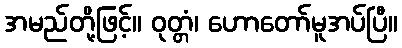
အမည်တို့ဖြင့်။ ဝုတ္တံ၊ ဟောတော်မူအပ်ပြီ။